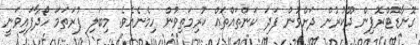
ގޮނާޑޮޓްރޮޕިން ދޫކުރުން ދަށްވުން ފަދަ ކަންތައްތައް ކުރިމަތިވުން ހިމެނެއެވެ. މިބަލި ފުރަތަމަ ހޯދާފައިވަނީ